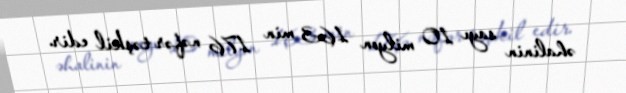
əhalinin sayı 10 milyon 163 min 176 nəfər təşkil edir.